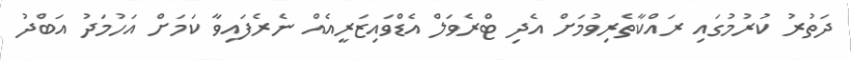
ދަތުރު ކުރުމުގައި ރައްކާތެރިވުމަށް އެދި ޓްރެވަލް އެޑްވައިޒަރީއެއް ނެރެފައިވާ ކަމަށް އަހުމަދު އަބްދު